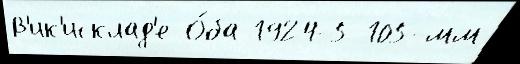
В'ик'исклад'е О́ба 1924-5 105-мм